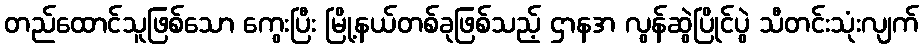
တည်ထောင်သူဖြစ်သော ကွေးပြီး မြို့နယ်တစ်ခုဖြစ်သည့် ဌာနအ လွန်ဆွဲပြိုင်ပွဲ သီတင်းသုံးလျက်